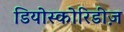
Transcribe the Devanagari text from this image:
डियोस्कोरिडीज़